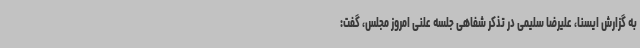
به گزارش ایسنا، علیرضا سلیمی در تذکر شفاهی جلسه علنی امروز مجلس، گفت: